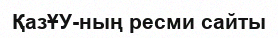
ҚазҰУ-ның ресми сайты